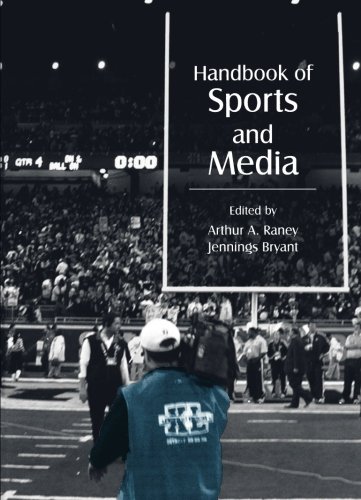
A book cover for Handbook of Sports and Media (Lea's Communication Series); Sports & Outdoors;